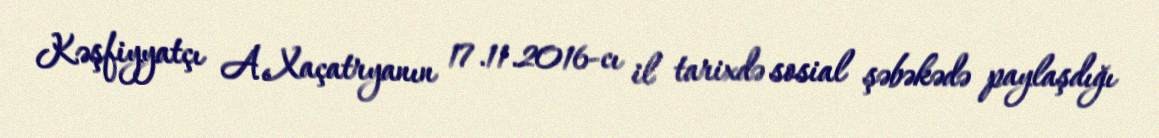
Kəşfiyyatçı A.Xaçatryanın 17.11.2016-cı il tarixdə sosial şəbəkədə paylaşdığı